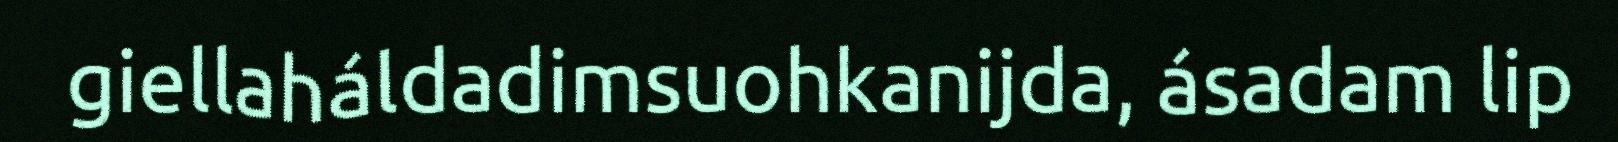
giellaháldadimsuohkanijda, ásadam lip